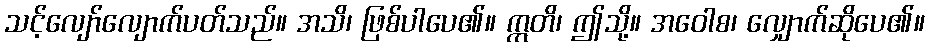
သင့်လျော်လျောက်ပတ်သည်။ အသိ၊ ဖြစ်ပါပေ၏။ ဣတိ၊ ဤသို့။ အဝေါစ၊ လျှောက်ဆိုပေ၏။